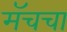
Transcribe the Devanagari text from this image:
मॅचचा